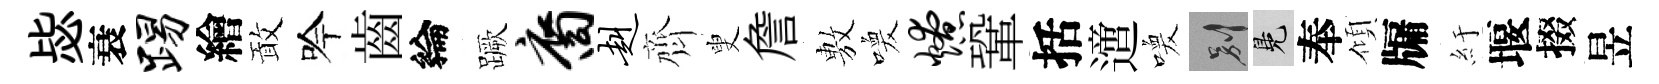
毖衰踢繪敢吟齒綸蹶裔赳齊叟詹𢾾喚燎鞏括𨗁喚别鳬奉傾牖紆堰掇昱